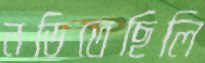
নড়িতেছিলি